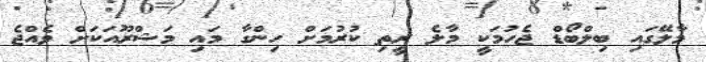
މާލޭގައި ބިލްބޯޑް ޖެހުމަކީ މާލެ ރީތި ކުރުމަށް ހިންގާ މައި މަޝްރޫއަކަށް ވެއްޖެ